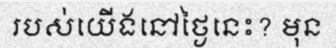
របស់យើងនៅថ្ងៃនេះ? មុន